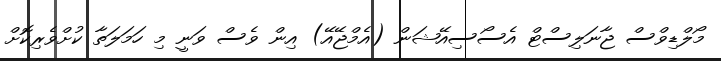
މޯލްޑިވްސް ޖާނަލިސްޓް އެސޯސިއޭޝަން (އެމްޖޭއޭ) އިން ވެސް ވަނީ މި ހަމަލަތާ ކުށްވެރިކޮށް